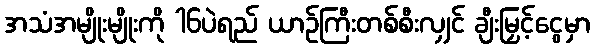
အသံအမျိုးမျိုးကို 16ပဲရည် ယာဉ်ကြီးတစ်စီးလျှင် ချီးမြှင့်ငွေမှာ